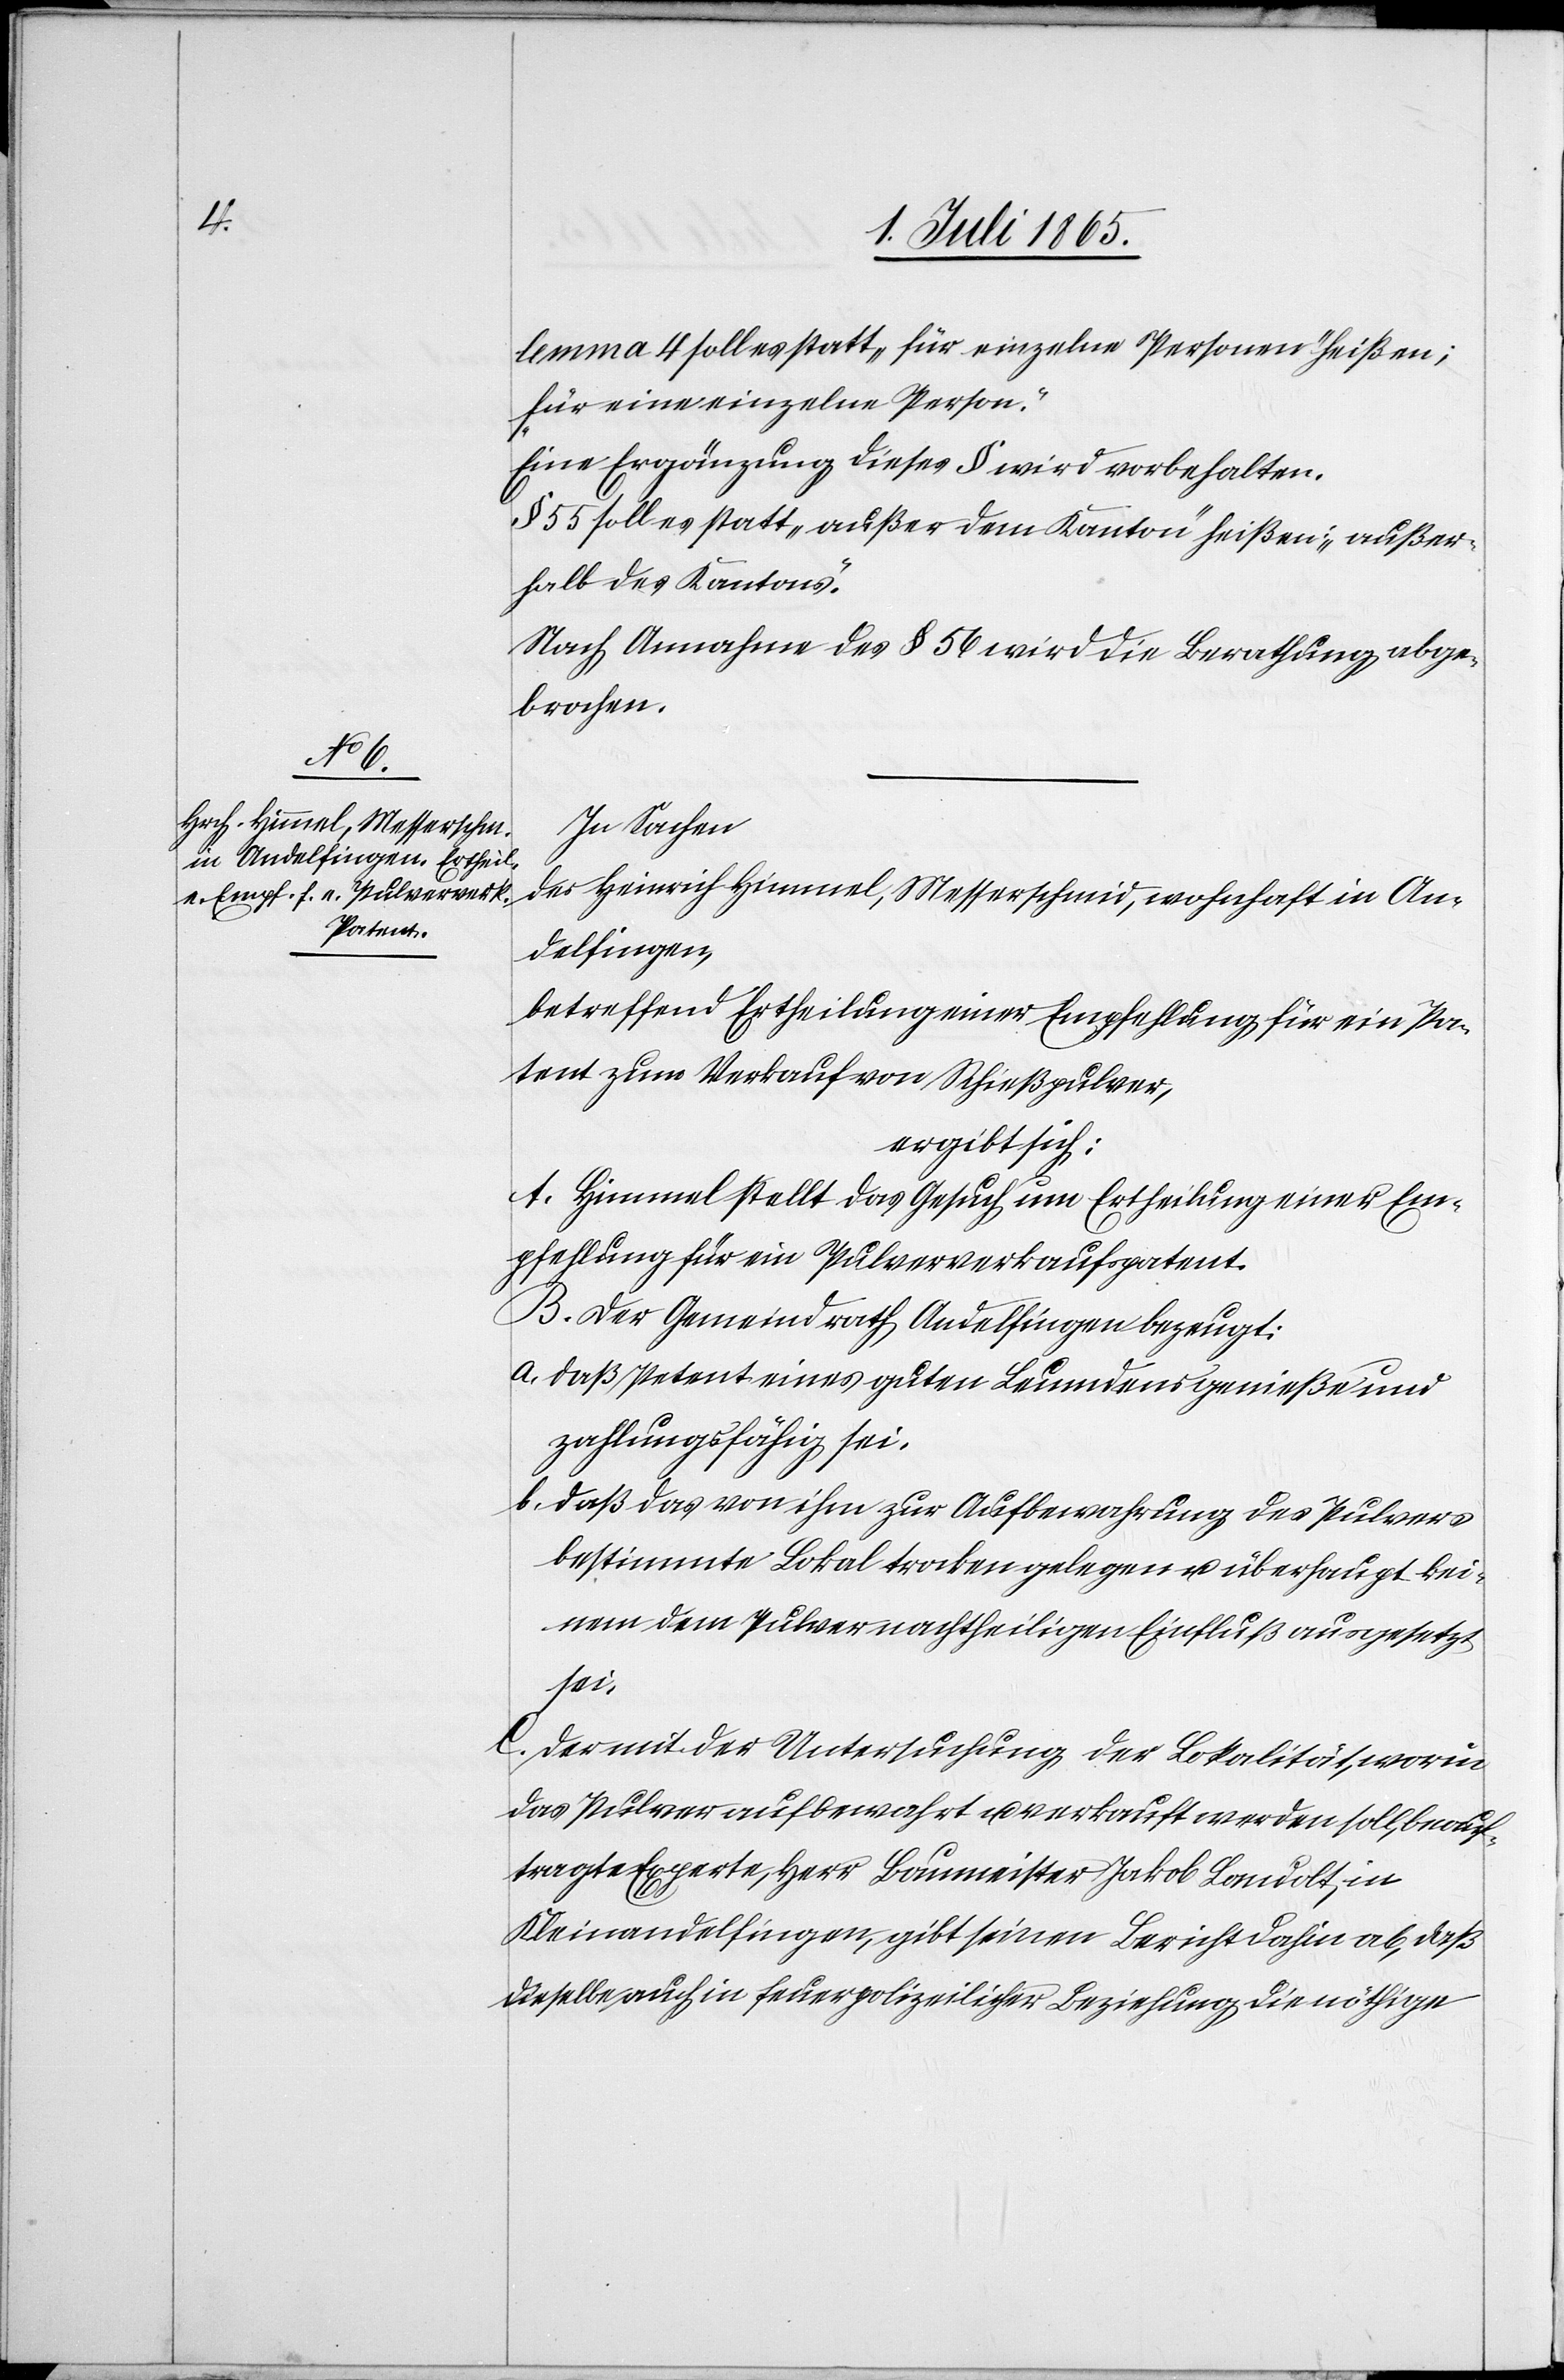
lemma 4 soll es statt „für einzelne Personen“ heißen;
„für eine einzelne Person“.
Eine Ergänzung dieses § wird vorbehalten.
§ 55 soll es statt „außer dem Kanton“ heißen: „außer¬
halb des Kantons“.
Nach Annahme des § 56 wird die Berathung abge¬
brochen.
In Sachen
des Heinrich Himmel, Messerschmid, wohnhaft in An¬
delfingen,
betreffend Ertheilung einer Empfehlung für ein Pa¬
tent zum Verkauf von Schießpulver,
ergibt sich:
A. Himmel stellt das Gesuch um Ertheilung einer Em¬
pfehlung für ein Pulververkaufspatent.
B. Der Gemeindrath Andelfingen bezeugt:
a. daß Petent eines guten Leumdens genieße und
zahlungsfähig sei.
b. daß das von ihm zur Aufbewahrung des Pulvers
bestimmte Lokal trocken gelegen u. überhaupt kei¬
nem dem Pulver nachtheiligen Einfluß ausgesetzt
sei.
C. Der mit der Untersuchung der Lokalität, worin
das Pulver aufbewahrt u. verkauft werden soll, beauf¬
tragte Experte, Herr Baumeister Jakob Landolt, in
Kleinandelfingen, gibt seinen Bericht dahin ab, daß
dieselben auch in feuerpolizeilicher Beziehung die nöthige